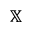
\mathbb { X }